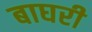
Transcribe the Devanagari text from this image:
बाघरी